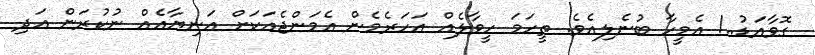
ގޮވާއަޑު..! އެމީހާ ބުނެލިއެވެ. ތީހަމަ ހީވާލެއް އަހަރެމެން އެމަންޖެއަކަށް އަނިޔާއެއް ނުކުރަން އަދި